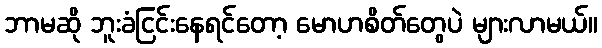
ဘာမဆို ဘူးခံငြင်းနေရင်တော့ မောဟစိတ်တွေပဲ များလာမယ်။